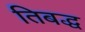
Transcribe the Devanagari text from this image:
तिबद्ध